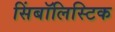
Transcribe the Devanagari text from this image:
सिंबॉलिस्टिक